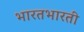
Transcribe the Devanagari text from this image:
भारतभारती